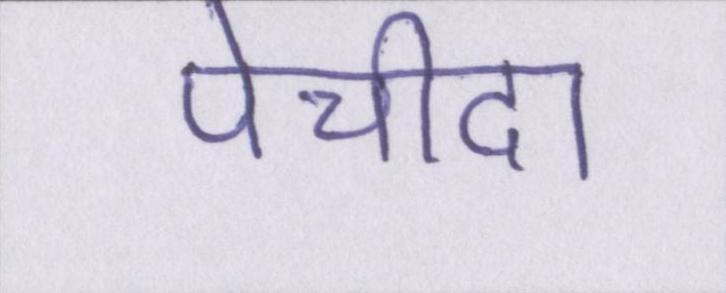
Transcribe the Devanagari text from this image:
पेचीदा